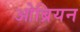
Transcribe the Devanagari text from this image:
ओब्रियन